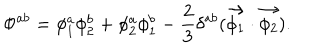
LaTeX: \Phi ^ { a b } = \phi _ { 1 } ^ { a } \phi _ { 2 } ^ { b } + \phi _ { 2 } ^ { a } \phi _ { 1 } ^ { b } - \frac { 2 } { 3 } \delta ^ { a b } ( \vec { \phi _ { 1 } } \cdot \vec { \phi _ { 2 } } ) .